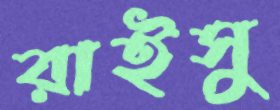
রাইসু